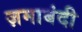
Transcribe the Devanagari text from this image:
ज़माबंदी